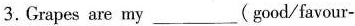
3.Grapes are my ___ (good/favour-